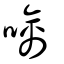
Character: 噙